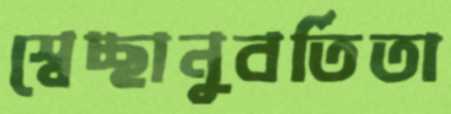
স্বেচ্ছানুবর্তিতা